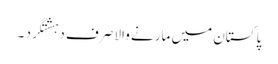
پاکستان میں مارنے والا صرف دہشتگرد ۔